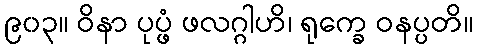
၉၀၃။ ဝိနာ ပုပ္ဖံ ဖလဂ္ဂါဟိ၊ ရုက္ခေ ဝနပ္ပတိ။